Indian journal of veterinary science and animal husbandry - Volumes 24-25, 1954-1955
Year: 1954
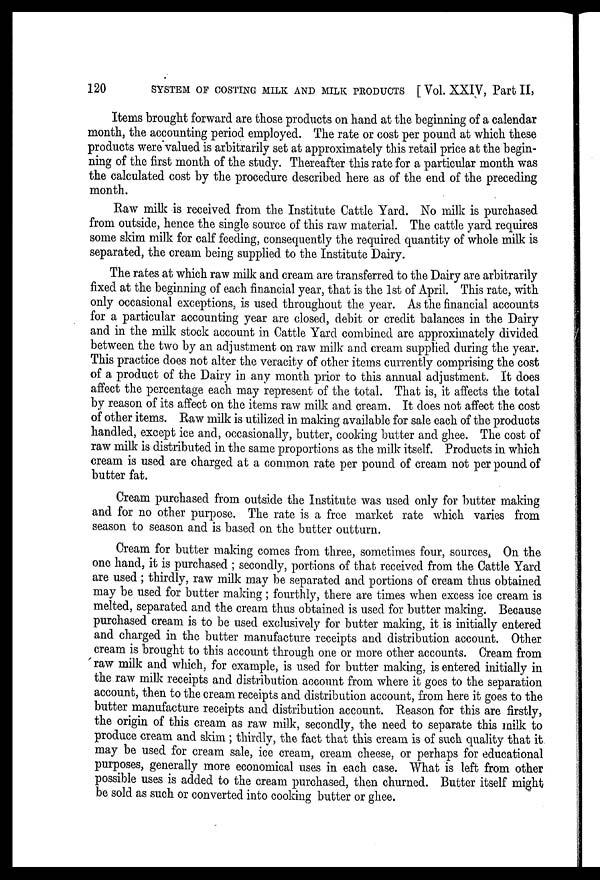
120
SYSTEM OF COSTING MILK AND MILK PRODUCTS [Vol. XXIV, Part II,
Items brought forward are those products on hand at the beginning of a calendar
month, the accounting period employed. The rate or cost per pound at which these
products were valued is arbitrarily set at approximately this retail price at the begin-
ning of the first month of the study. Thereafter this rate for a particular month was
the calculated cost by the procedure described here as of the end of the preceding
month.
Raw milk is received from the Institute Cattle Yard. No milk is purchased
from outside, hence the single source of this raw material. The cattle yard requires
some skim milk for calf feeding, consequently the required quantity of whole milk is
separated, the cream being supplied to the Institute Dairy.
The rates at which raw milk and cream are transferred to the Dairy are arbitrarily
fixed at the beginning of each financial year, that is the 1st of April. This rate, with
only occasional exceptions, is used throughout the year. As the financial accounts
for a particular accounting year are closed, debit or credit balances in the Dairy
and in the milk stock account in Cattle Yard combined are approximately divided
between the two by an adjustment on raw milk and cream supplied during the year.
This practice does not alter the veracity of other items currently comprising the cost
of a product of the Dairy in any month prior to this annual adjustment. It does
affect the percentage each may represent of the total. That is, it affects the total
by reason of its affect on the items raw milk and cream. It does not affect the cost
of other items. Raw milk is utilized in making available for sale each of the products
handled, except ice and, occasionally, butter, cooking butter and ghee. The cost of
raw milk is distributed in the same proportions as the milk itself. Products in which
cream is used are charged at a common rate per pound of cream not per pound of
butter fat.
Cream purchased from outside the Institute was used only for butter making
and for no other purpose. The rate is a free market rate which varies from
season to season and is based on the butter outturn.
Cream for butter making comes from three, sometimes four, sources. On the
one hand, it is purchased; secondly, portions of that received from the Cattle Yard
are used; thirdly, raw milk may be separated and portions of cream thus obtained
may be used for butter making; fourthly, there are times when excess ice cream is
melted, separated and the cream thus obtained is used for butter making. Because
purchased cream is to be used exclusively for butter making, it is initially entered
and charged in the butter manufacture receipts and distribution account. Other
cream is brought to this account through one or more other accounts. Cream from
raw milk and which, for example, is used for butter making, is entered initially in
the raw milk receipts and distribution account from where it goes to the separation
account, then to the cream receipts and distribution account, from here it goes to the
butter manufacture receipts and distribution account. Reason for this are firstly,
the origin of this cream as raw milk, secondly, the need to separate this milk to
produce cream and skim; thirdly, the fact that this cream is of such quality that it.
may be used for cream sale, ice cream, cream cheese, or perhaps for educational
purposes, generally more economical uses in each case. What is left from other
possible uses is added to the cream purchased, then churned. Butter itself might
be sold as such or converted into cooking butter or ghee.